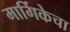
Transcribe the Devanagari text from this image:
मार्गिकेचा